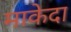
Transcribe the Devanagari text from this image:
माकेदा